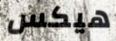
هيكس